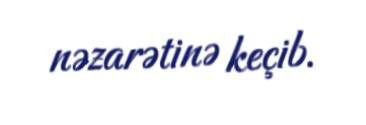
nəzarətinə keçib.